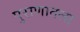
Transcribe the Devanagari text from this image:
पुराणातला